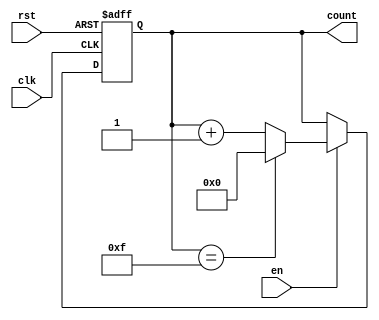
module MemoryBlocksSynchronousCounter #(
    parameter WIDTH = 4  // Define the width of the counter (number of bits)
)(
    input wire clk,        // Clock signal
    input wire rst,        // Active-high asynchronous reset
    input wire en,         // Active-high enable signal
    output reg [WIDTH-1:0] count // Counter value output
);

    // Asynchronous reset logic
    always @(posedge clk or posedge rst) begin
        if (rst) begin
            count <= 0; // Reset counter to zero
        end else if (en) begin
            if (count == (2**WIDTH - 1)) begin
                count <= 0; // Roll over to zero if max value is reached
            end else begin
                count <= count + 1; // Increment the counter
            end
        end
    end

endmodule